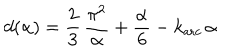
d ( \alpha ) = \frac { 2 } { 3 } \, \frac { \pi ^ { 2 } } { \alpha } + \frac { \alpha } { 6 } - k _ { \mathrm { a r c } } \, \alpha